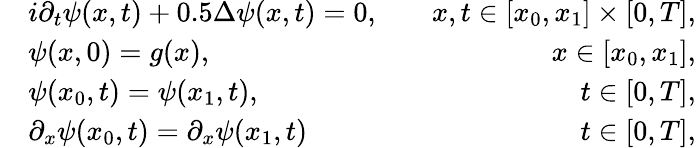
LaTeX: \begin{array}{rlr}&{i\partial_{t}\psi(x,t)+0.5\Delta\psi(x,t)=0,}&{\quad x,t\in[x_{0},x_{1}]\times[0,T],}\\ &{\psi(x,0)=g(x),}&{\quad x\in[x_{0},x_{1}],}\\ &{\psi(x_{0},t)=\psi(x_{1},t),}&{\quad t\in[0,T],}\\ &{\partial_{x}\psi(x_{0},t)=\partial_{x}\psi(x_{1},t)}&{\quad t\in[0,T],}\end{array}